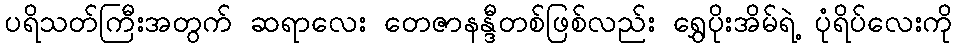
ပရိသတ်ကြီးအတွက် ဆရာလေး တေဇာနန္ဒီတစ်ဖြစ်လည်း ရွှေပိုးအိမ်ရဲ့ ပုံရိပ်လေးကို